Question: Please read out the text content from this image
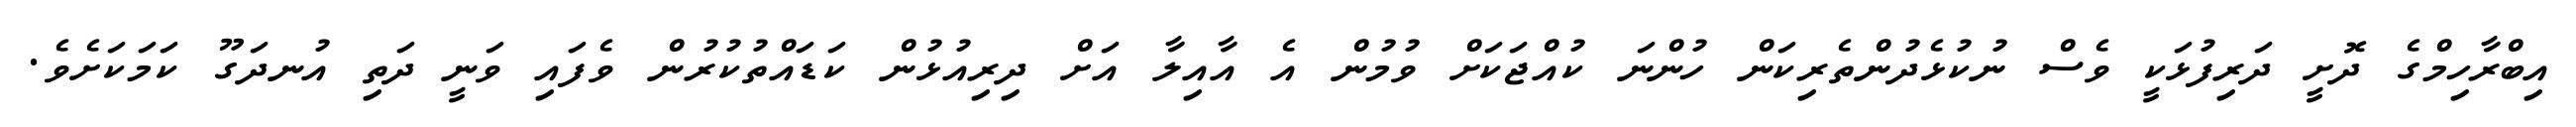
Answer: އިބްރާހިމްގެ ދޮށީ ދަރިފުޅަކީ ވެސް ނުކުޅެދުންތެރިކަން ހުންނަ ކުއްޖަކަށް ވުމުން އެ އާއިލާ އަށް ދިރިއުޅުން ކަޑައްތުކުރުން ވެފައި ވަނީ ދަތި އުނދަގޫ ކަމަކަށެވެ.